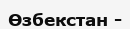
Өзбекстан -